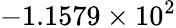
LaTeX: -1.1579\times 10^{2}